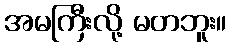
အမကြီးလို့ မတဘူး။